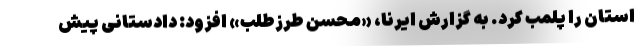
استان را پلمب کرد. به گزارش ایرنا، «محسن طرزطلب» افزود: دادستانی پیش